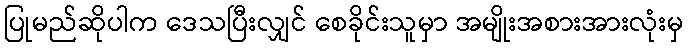
ပြုမည်ဆိုပါက ဒေသပြီးလျှင် စေခိုင်းသူမှာ အမျိုးအစားအားလုံးမှ